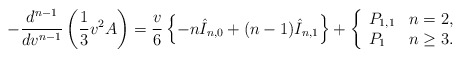
\begin{align*} -\frac{d^{n-1}}{dv^{n-1}}\left(\frac{1}{3}v^2A\right)=\frac{v}{6}\left\{-n\hat{I}_{n,0}+(n-1)\hat{I}_{n,1}\right\}+\left\{ \begin{array}{ll} P_{1,1} & n=2,\\ P_1 & n\geq 3. \end{array}\right.\end{align*}